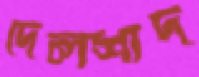
দেলশাদ